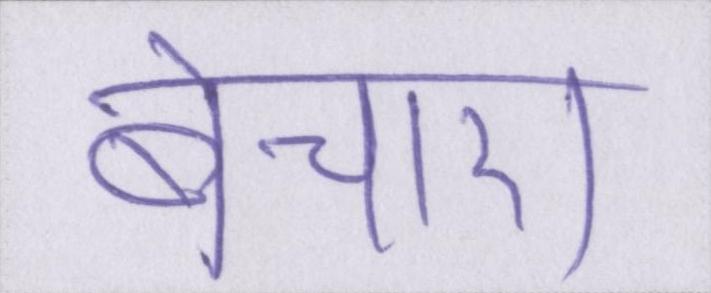
बेचारा